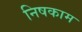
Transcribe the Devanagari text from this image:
निषकाम